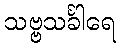
သဗ္ဗသင်္ခါရေ